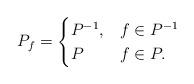
LaTeX: \begin{align*} P_f= \begin{cases} P^{-1},& f \in P^{-1}\\ P & f \in P.\end{cases}\end{align*}